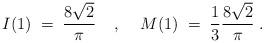
LaTeX: \begin{align*}I(1) \; = \; \frac{8 \sqrt{2}}{\pi} \; \; \; \; , \; \; \; \;M(1) \; = \; \frac{1}{3} \frac{8 \sqrt{2}}{\pi} \; .\end{align*}